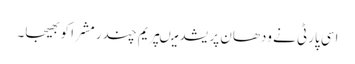
اسی پارٹی نے ودھان پریشد میںپریم چندر مشرا کو بھیجا۔